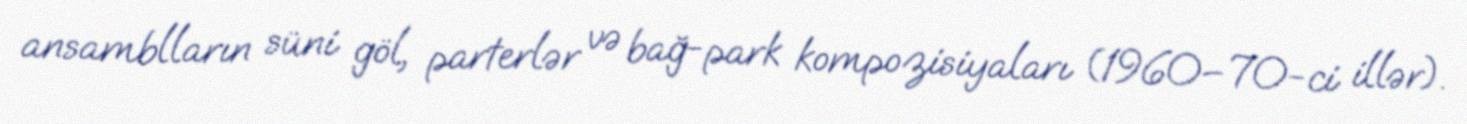
ansamblların süni göl, parterlər və bağ-park kompozisiyaları (1960–70-ci illər).